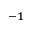
^ { - 1 }